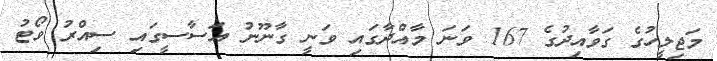
މަޖިލީހުގެ ގަވާއިދުގެ 167 ވަނަ މާއްދާގައި ވަނީ ގާނޫނު އަސާސީގައި ސިއްރު ވޯޓު